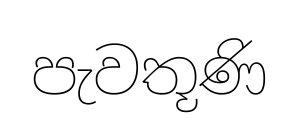
පැවතූණි